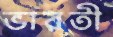
ভারতী